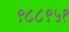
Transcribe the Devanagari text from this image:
९८८९५१